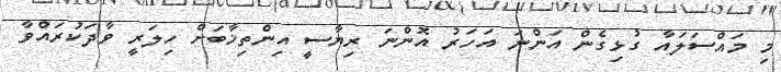
މި މައްސަލައާ ގުޅިގެން އަންނަ އަަހަރު އޮންނަ ރިޔާސީ އިންތިޚާބަށް ހިލަރީ ވާދަކުރައްވާ